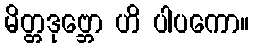
မိတ္တဒုဗ္ဘော ဟိ ပါပကော။